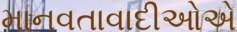
માનવતાવાદીઓએ